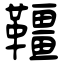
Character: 韁